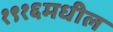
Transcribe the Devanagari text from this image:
१९१६मधील